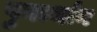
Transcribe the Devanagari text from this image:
पुनर्त्थान